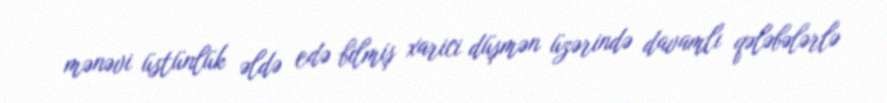
mənəvi üstünlük əldə edə bilmiş xarici düşmən üzərində davamlı qələbələrlə